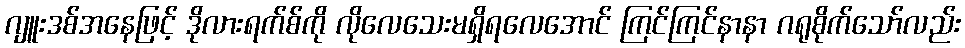
ဂျူးဒစ်အနေဖြင့် ဒိုလားရက်စ်ကို လိုလေသေးမရှိရလေအောင် ကြင်ကြင်နာနာ ဂရုစိုက်သော်လည်း